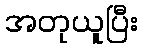
အတုယူပြီး